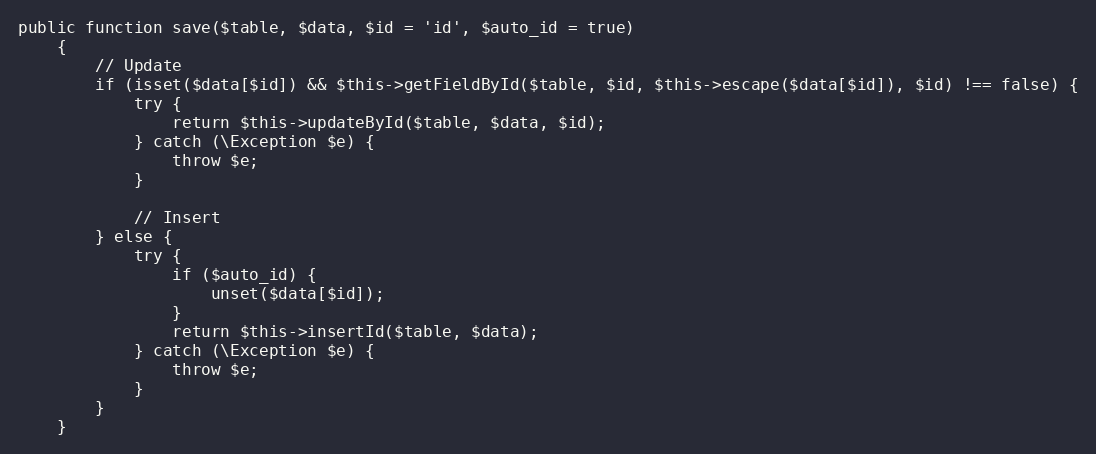
Language: PHP
public function save($table, $data, $id = 'id', $auto_id = true)
    {
        // Update
        if (isset($data[$id]) && $this->getFieldById($table, $id, $this->escape($data[$id]), $id) !== false) {
            try {
                return $this->updateById($table, $data, $id);
            } catch (\Exception $e) {
                throw $e;
            }

            // Insert
        } else {
            try {
                if ($auto_id) {
                    unset($data[$id]);
                }
                return $this->insertId($table, $data);
            } catch (\Exception $e) {
                throw $e;
            }
        }
    }